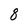
Character: 8